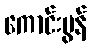
ကောင်းမွန်